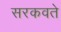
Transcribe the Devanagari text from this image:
सरकवते